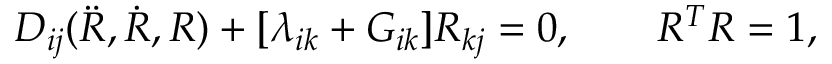
\begin{array} { r } { D _ { i j } ( \ddot { R } , \dot { R } , R ) + [ \lambda _ { i k } + G _ { i k } ] R _ { k j } = 0 , \qquad R ^ { T } R = 1 , } \end{array}